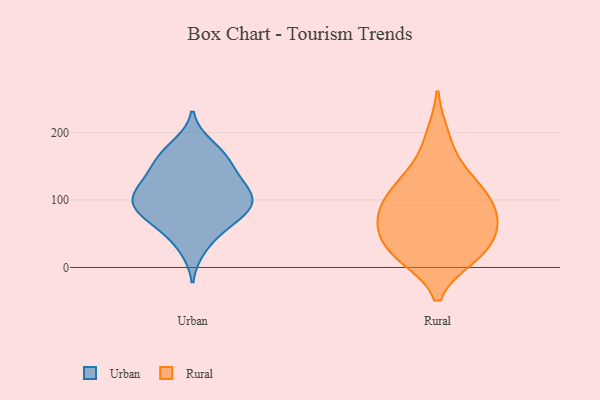
{"axis": {"x": "Production Output", "y": "Value"}, "legend": ["Rural", "Urban"], "data": [{"x": "", "y": 181, "type": "Urban"}, {"x": "", "y": 107, "type": "Urban"}, {"x": "", "y": 155, "type": "Urban"}, {"x": "", "y": 134, "type": "Urban"}, {"x": "", "y": 119, "type": "Urban"}, {"x": "", "y": 79, "type": "Urban"}, {"x": "", "y": 81, "type": "Urban"}, {"x": "", "y": 161, "type": "Urban"}, {"x": "", "y": 51, "type": "Urban"}, {"x": "", "y": 104, "type": "Urban"}, {"x": "", "y": 85, "type": "Urban"}, {"x": "", "y": 66, "type": "Urban"}, {"x": "", "y": 109, "type": "Urban"}, {"x": "", "y": 87, "type": "Urban"}, {"x": "", "y": 171, "type": "Urban"}, {"x": "", "y": 140, "type": "Urban"}, {"x": "", "y": 28, "type": "Urban"}, {"x": "", "y": 107, "type": "Urban"}, {"x": "", "y": 115, "type": "Rural"}, {"x": "", "y": 121, "type": "Rural"}, {"x": "", "y": 58, "type": "Rural"}, {"x": "", "y": 20, "type": "Rural"}, {"x": "", "y": 148, "type": "Rural"}, {"x": "", "y": 195, "type": "Rural"}, {"x": "", "y": 89, "type": "Rural"}, {"x": "", "y": 24, "type": "Rural"}, {"x": "", "y": 71, "type": "Rural"}, {"x": "", "y": 67, "type": "Rural"}, {"x": "", "y": 107, "type": "Rural"}, {"x": "", "y": 25, "type": "Rural"}, {"x": "", "y": 17, "type": "Rural"}, {"x": "", "y": 70, "type": "Rural"}]}